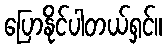
ပြောနိုင်ပါတယ်ရှင်။